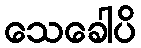
သေခေါပိ